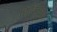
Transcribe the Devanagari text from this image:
छिकित्सा